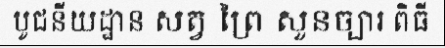
បូជនីយដ្ឋាន សត្វ ព្រៃ សួនច្បារ ពិធី